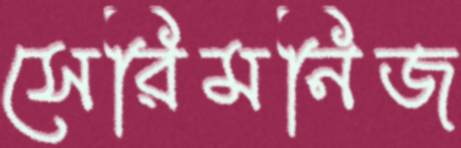
সেরিমনিজ